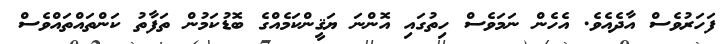
ފަހަރުވެސް އާދެއެވެ. އެހެން ނަމަވެސް ހިތުގައި އޮންނަ ޔަޤީންކަމެއްގެ ބޮޑުކަމުން ތަފާތު ކަންތައްތައްވެސް